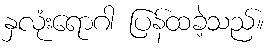
နှလုံးရောဂါ ပြန်ထခဲ့သည်။